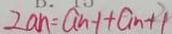
2 a n = a n - 1 + a n + 1